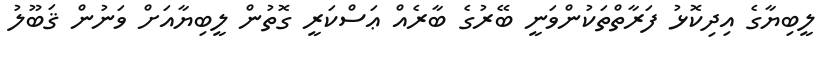
ލީބިޔާގެ އިދިކޮޅު ފަރާތްތަކުންވަނީ ބޭރުގެ ބާރެއް ޢަސްކަރީ ގޮތުން ލީބިޔާއަށް ވަނުން ޤަބޫލު